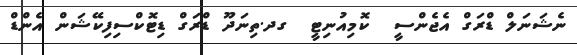
ނެޝަނަލް ޑްރަގް އެޖެންސީ  ކޮމިއުނިޓީ  ގދ.ތިނަދޫ ޑްރަގް ޑިޓޮކްސިފިކޭޝަން އެންޑް